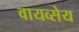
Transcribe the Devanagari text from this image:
वायव्सेय